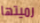
رميتها